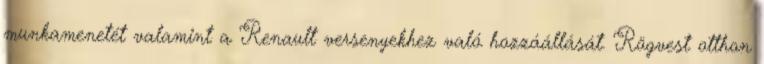
munkamenetét valamint a Renault versenyekhez való hozzáállását. Rögvest otthon